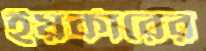
ইয়র্কারের